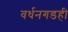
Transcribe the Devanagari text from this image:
वर्धनगडही